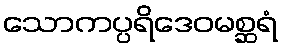
သောကပ္ပရိဒေဝမစ္ဆရံ